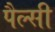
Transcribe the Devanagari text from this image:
पैल्सी